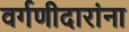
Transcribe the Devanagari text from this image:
वर्गणीदारांना